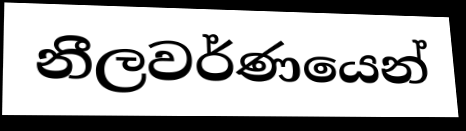
නීලවර්ණයෙන්